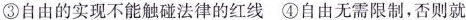
③自由的实现不能触碰法律的红线④自由无需限制，否则就